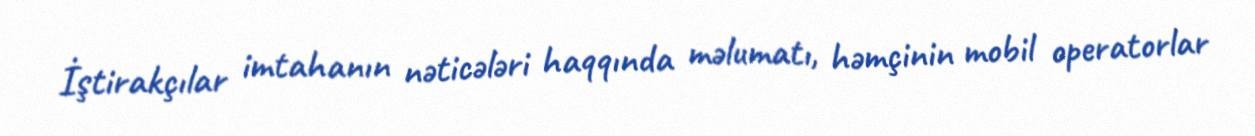
İştirakçılar imtahanın nəticələri haqqında məlumatı, həmçinin mobil operatorlar